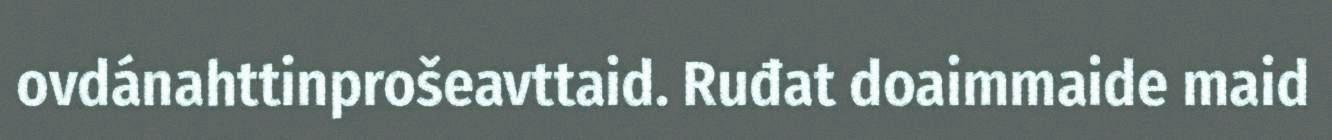
ovdánahttinprošeavttaid. Ruđat doaimmaide maid